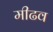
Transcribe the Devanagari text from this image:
मीढव